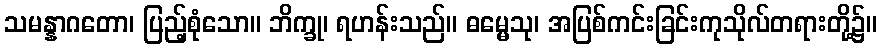
သမန္နာဂတော၊ ပြည့်စုံသော။ ဘိက္ခု၊ ရဟန်းသည်။ ဓမ္မေသု၊ အပြစ်ကင်းခြင်းကုသိုလ်တရားတို့၌။